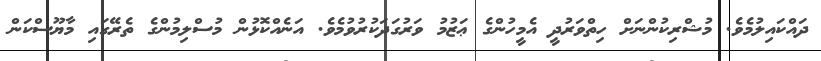
ދައްކައިލުމެވެ. މުޝްރިކުންނަށް ހިތްވަރުދީ އެމީހުންގެ ޢަޒުމު ވަރުގަދަކުރުވުމެވެ. އަނެއްކޮޅުން މުސްލިމުންގެ ތެރޭގައި މާޔޫސްކަން